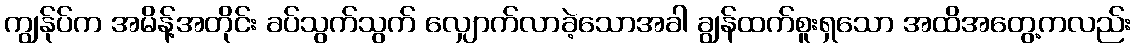
ကျွန်ုပ်က အမိန့်အတိုင်း ခပ်သွက်သွက် လျှောက်လာခဲ့သောအခါ ချွန်ထက်စူးရှသော အထိအတွေ့ကလည်း